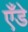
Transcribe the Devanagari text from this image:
एँडे